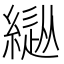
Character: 𦄚